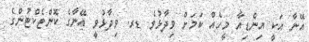
އޭނާ އަކީ އިންޑިއާ މީހެއް ކަމަށް ވިދާޅުވެ ޑރ. ވިދާޅުވީ އޭނާގެ ކޮންޓެކްޓުންގެ